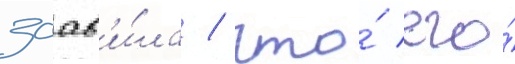
заав'и́ла / что́ его́